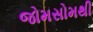
જોમસોમથી